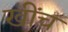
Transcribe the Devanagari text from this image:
खीँच